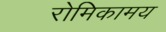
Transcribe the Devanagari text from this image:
रोमिकामय